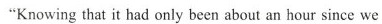
"Knowing that it had only been about an hour since we